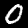
Label: 0